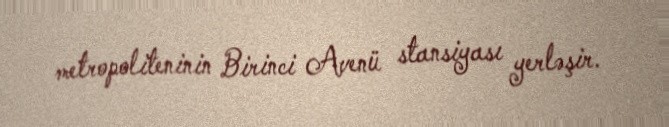
metropoliteninin Birinci Avenü stansiyası yerləşir.